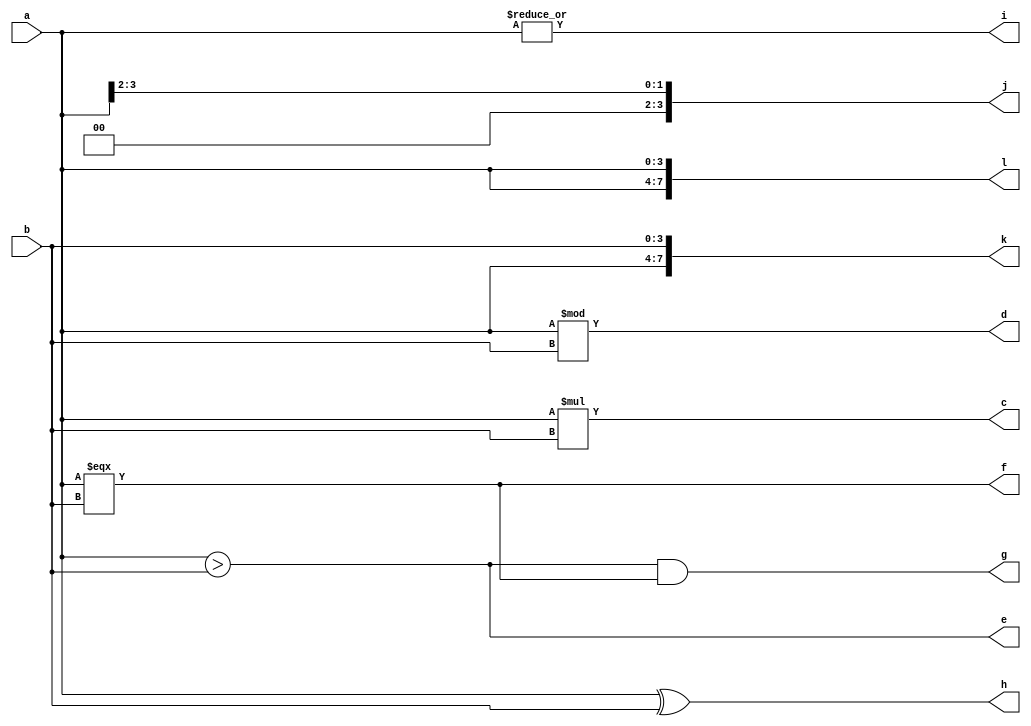
`timescale 1ns / 1ps
//////////////////////////////////////////////////////////////////////////////////
// Company: 
// Engineer: 
// 
// Design Name: 
// Module Name: operators
// Project Name: 
// Target Devices: 
// Tool Versions: 
// Description: 
// 
// Dependencies: 
// 
// Revision:
// Revision 0.01 - File Created
// Additional Comments:
// 
//////////////////////////////////////////////////////////////////////////////////


module operators(a,b,c,d,e,f,g,h,i,j,k,l);
input [3:0]a,b;
output e,f,g,i;
output [3:0]c,d,h,j;
output [7:0]k,l;
//arithmetic operators
assign c=a*b;
assign d=a%b;
//relational operator
assign e = a>b;
//equality
assign f=a===b;
//logical operator
assign g=e&&f;
//bit-wise operator
assign h=a^b;
//reduction operator
assign i=|a;
//shift operator
assign j=a>>2;
//concatenation operator
assign k={a,b};
//replication operator
assign l={2{a}};
//Conditional operator
endmodule